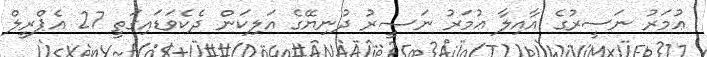
ޢުމަރު ނަސީރުގެ އާއިލާ ޢުމަރު ނަޞީރު ދުނިޔޭގެ އަލިކަން ދެކެވަޑައިގަތީ 27 އެޕްރީލް